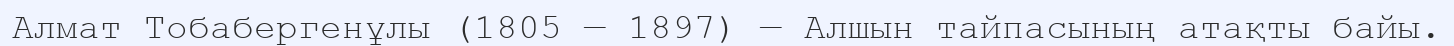
Алмат Тобабергенұлы (1805 — 1897) — Алшын тайпасының атақты байы.